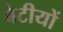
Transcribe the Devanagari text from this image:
बेटीयों